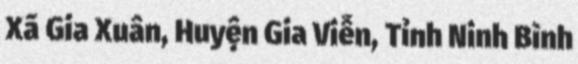
Xã Gia Xuân, Huyện Gia Viễn, Tỉnh Ninh Bình